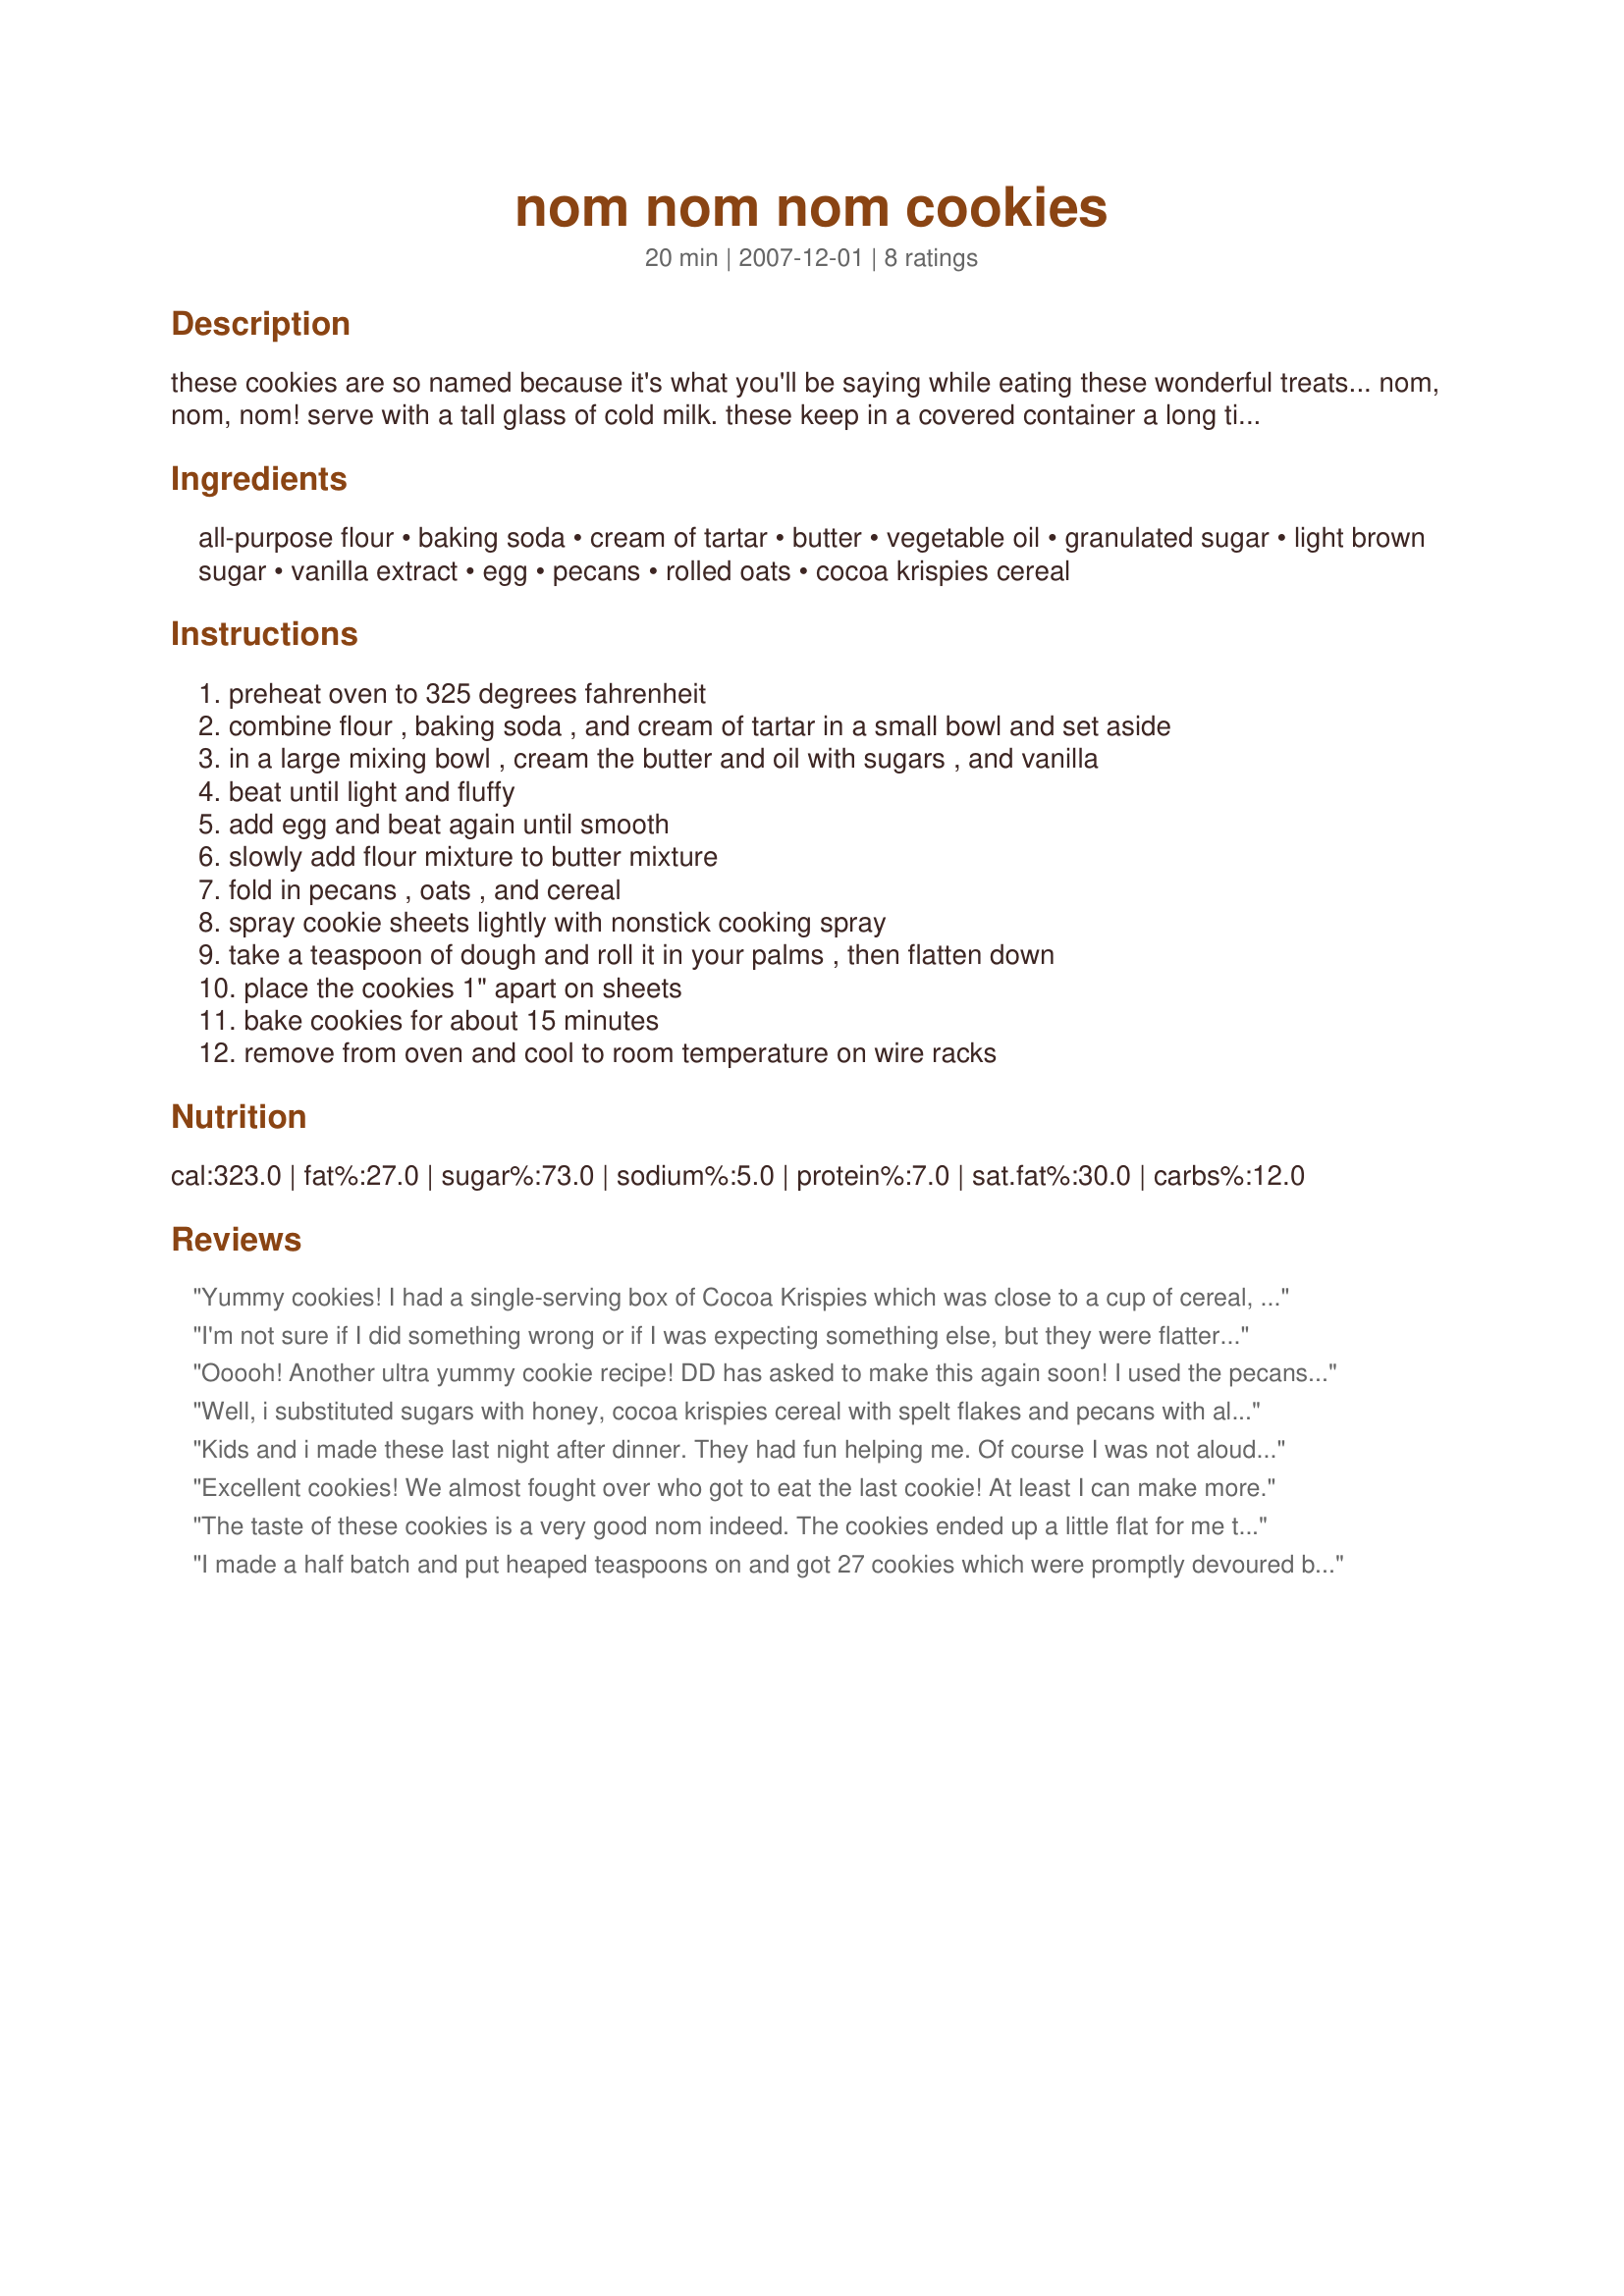
nom nom nom cookies
Preparation time: 20 minutes

these cookies are so named because it's what you'll be saying while eating these wonderful treats... nom, nom, nom! serve with a tall glass of cold milk. these keep in a covered container a long time, but no worries, they will go nom, nom, nom fast!

Ingredients:
all-purpose flour, baking soda, cream of tartar, butter, vegetable oil, granulated sugar, light brown sugar, vanilla extract, egg, pecans, rolled oats, cocoa krispies cereal

Steps:
preheat oven to 325 degrees fahrenheit, combine flour , baking soda , and cream of tartar in a small bowl and set aside, in a large mixing bowl , cream the butter and oil with sugars , and vanilla, beat until light and fluffy, add egg and beat again until smooth, slowly add flour mixture to butter mixture, fold in pecans , oats , and cereal, spray cookie sheets lightly with nonstick cooking spray, take a teaspoon of dough and roll it in your palms , then flatten down, place the cookies 1" apart on sheets, bake cookies for about 15 minutes, remove from oven and cool to room temperature on wire racks

Reviews:
Yummy cookies! I had a single-serving box of Cocoa Krispies which was close to a cup of cereal, so I used the whole box and less pecans. These were perfectly cooked after 15 minutes and are great "dunkers" - have a cold glass of milk ready! Thanks for sharing the recipe!
I'm not sure if I did something wrong or if I was expecting something else, but they were flatter then I thought they would be. The flavor (and aroma) are wonderful though. Definatly great with milk!
Ooooh! Another ultra yummy cookie recipe! DD has asked to make this again soon! I used the pecans called for, but reading the other reviews I want to try it with almonds now! I love the addition of Rice Krispies to cookies! Very nom nom!
Well, i substituted sugars with honey, cocoa krispies cereal with spelt flakes and pecans with almonds but what i got was definitely nom, nom, nom!
Kids and i made these last night after dinner. They had fun helping me. Of course I was not aloud to put in any nuts, which I think I would have loved. However, even without them these were great. We ate way to many last night. I only got two dozen, but we enjoy a little bigger cookie. We will make these again.
Excellent cookies! We almost fought over who got to eat the last cookie! At least I can make more.
The taste of these cookies is a very good nom indeed. The cookies ended up a little flat for me though. I'm not sure what went wrong. They weren't running off the sheet or anything, but they didn't look much like the pictures. I really like the taste of them though, so I want to play with the butter temps and maybe the oil in it. Made and Reviewed for Please Review My Recipe Tag - Thanks! :)
I made a half batch and put heaped teaspoons on and got 27 cookies which were promptly devoured by the DS's music recreation group (do believe there were a lot of nom nom nom's going on). I baked for 10 minutes at 155C in a fan forced oven and they were just right. Thank you 2Bleu (Bird&Buddha), made for Please Review My Recipe.
